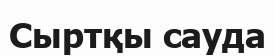
Сыртқы сауда